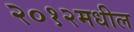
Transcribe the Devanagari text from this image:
२०१२मधील